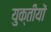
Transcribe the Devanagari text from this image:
युक्तीयों